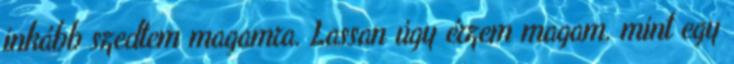
inkább szedtem magamra. Lassan úgy érzem magam, mint egy